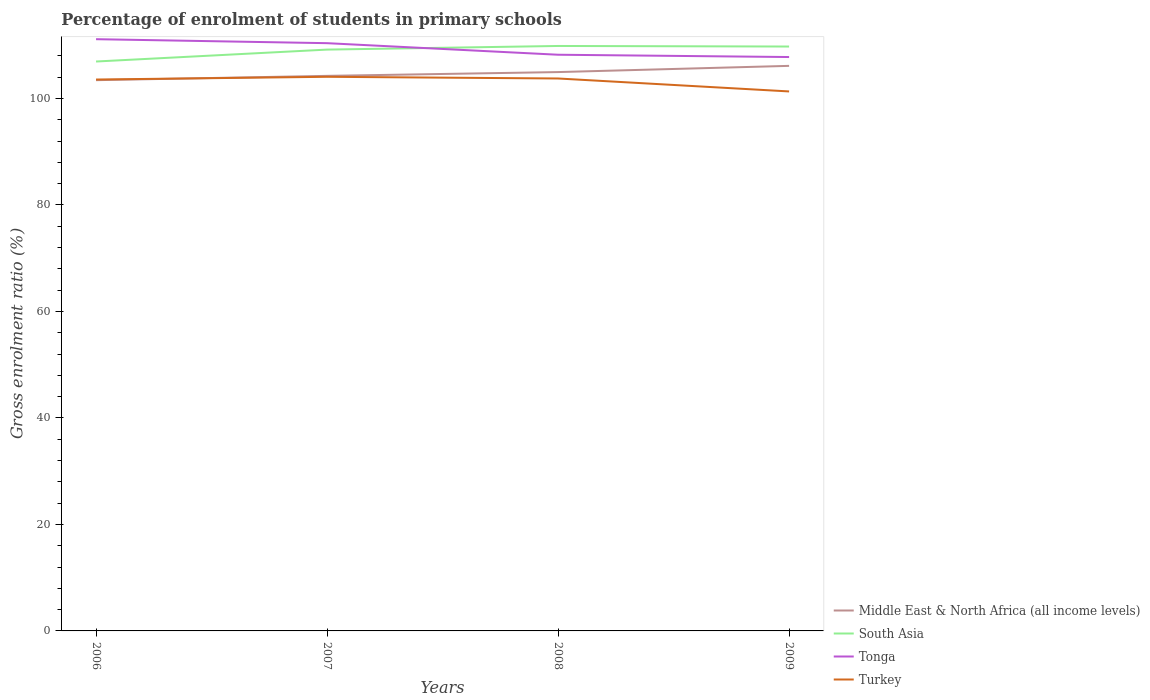
| Years | Middle East & North Africa (all income levels) | South Asia | Tonga | Turkey |
 | --- | --- | --- | --- | --- |
 | 2006 | 103 | 107 | 111 | 104 |
 | 2007 | 104 | 109 | 110 | 104 |
 | 2008 | 105 | 110 | 108 | 104 |
 | 2009 | 106 | 110 | 108 | 101 |